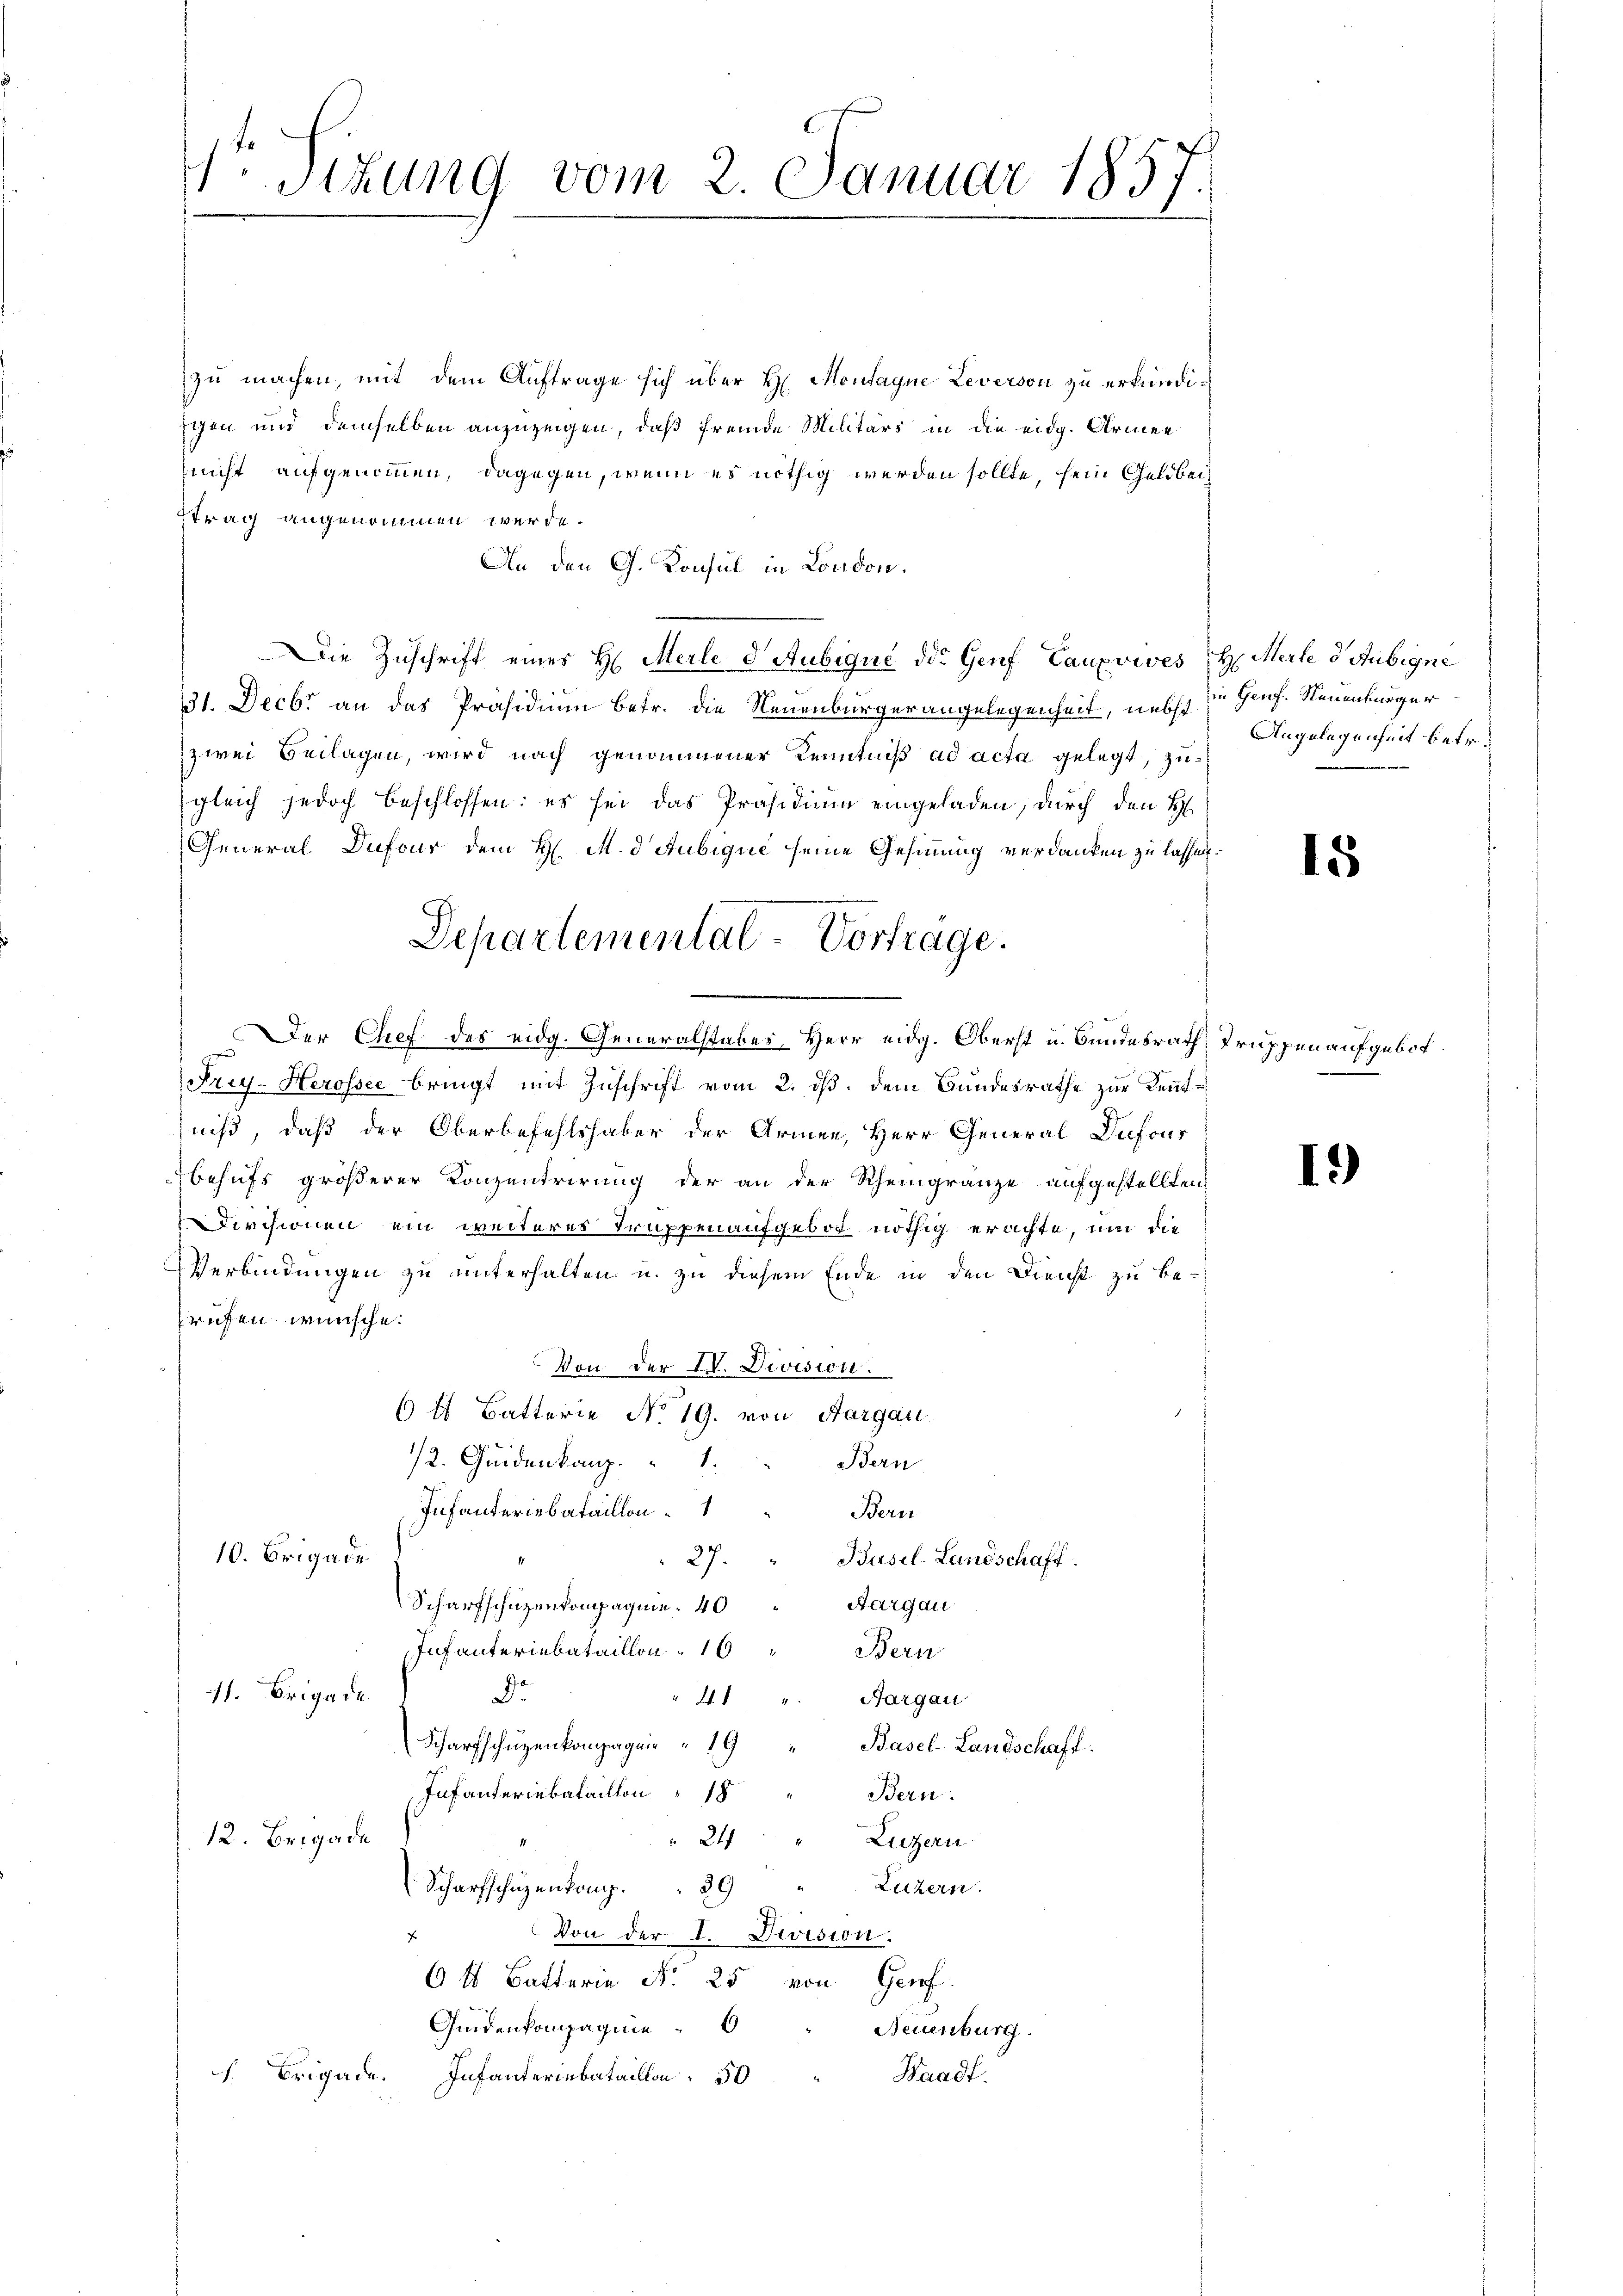
Sitzung vom 2. Januar 1857.

zu machen, mit dem Auftrage sich über H. Montagne Leverson zu erkundischen und demselben anzuzeigen, daß fremde Militärs in die eidg. Armen
nicht aufgenommen, dagegen, wenn es nöthig werden sollte, sein Geldbach
trag angenommen werde.
An den G. Konsul in London.
Die Zuschrift eines H. Merle d’Aubique des Genf Canzvives H. Merle d. Aubryne
6
31. Decbr an das Präsidium betr. die Neuenbürger angelegenheit, nebst in Genf. Neuenburger
zwei Beilagen, wird nach genommener Kenntniß ad acta gelegt, zusgleich jedoch beschlossen: es sei das Präsidium eingeladen, durch den H
General Dufour dem H. M. d. Aubique seine Gesinnung verdanken zu lassen.
Der Chef des eidg. Generalstabes Herr eidg. Oberst u. Bundesrath Truppen aufgebot.
Frey-Herosser bringt mit Zuschrift vom 2. ds. dem Bundesrathe zur Kenntniß, daß der Oberbefehlshaber der Armen, Herr General Dufous
behufs größerer Konzentrirung der an der Rheingränze aufgestellten
Circionen ein weiteres Truppenaufgebot nöthig erachte, um die
Verbindungen zu unterhalten u. zu diesem Ende in den Dienst zu beprufen wünsche.
Von der IV. Division.
6 4 Batterie No 19. von Aargau.
/2. Seidenkamp.
Bern
Infanteriebataillon
Bern
10. Brigade
Basel-Landschaff
27.
Scharfschüzenkompagnie 40 Aargau
Infanteriebataillon 16
Bern
11. Brigade
D.
4. " Aargau
Scharfschuzenkompagnie  "  19
Basel-Landschaft
Infanteriebataillon 18
Bern.
12. Brigade
" Luzern
24
Luzern.
Scharfschüzenkong.9
Von der I. Division.
f
6 1 Batterie N. 25 von Genf
Gundenkompagnie
Neuenburg
Waadt.
Brigade. Infanteriebataillon 50

Departemental-Vortrage.

Angelegenheit betr.

15

1.)